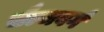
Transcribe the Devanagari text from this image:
सैल्जबर्ग